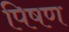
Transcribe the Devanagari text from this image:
पिषण